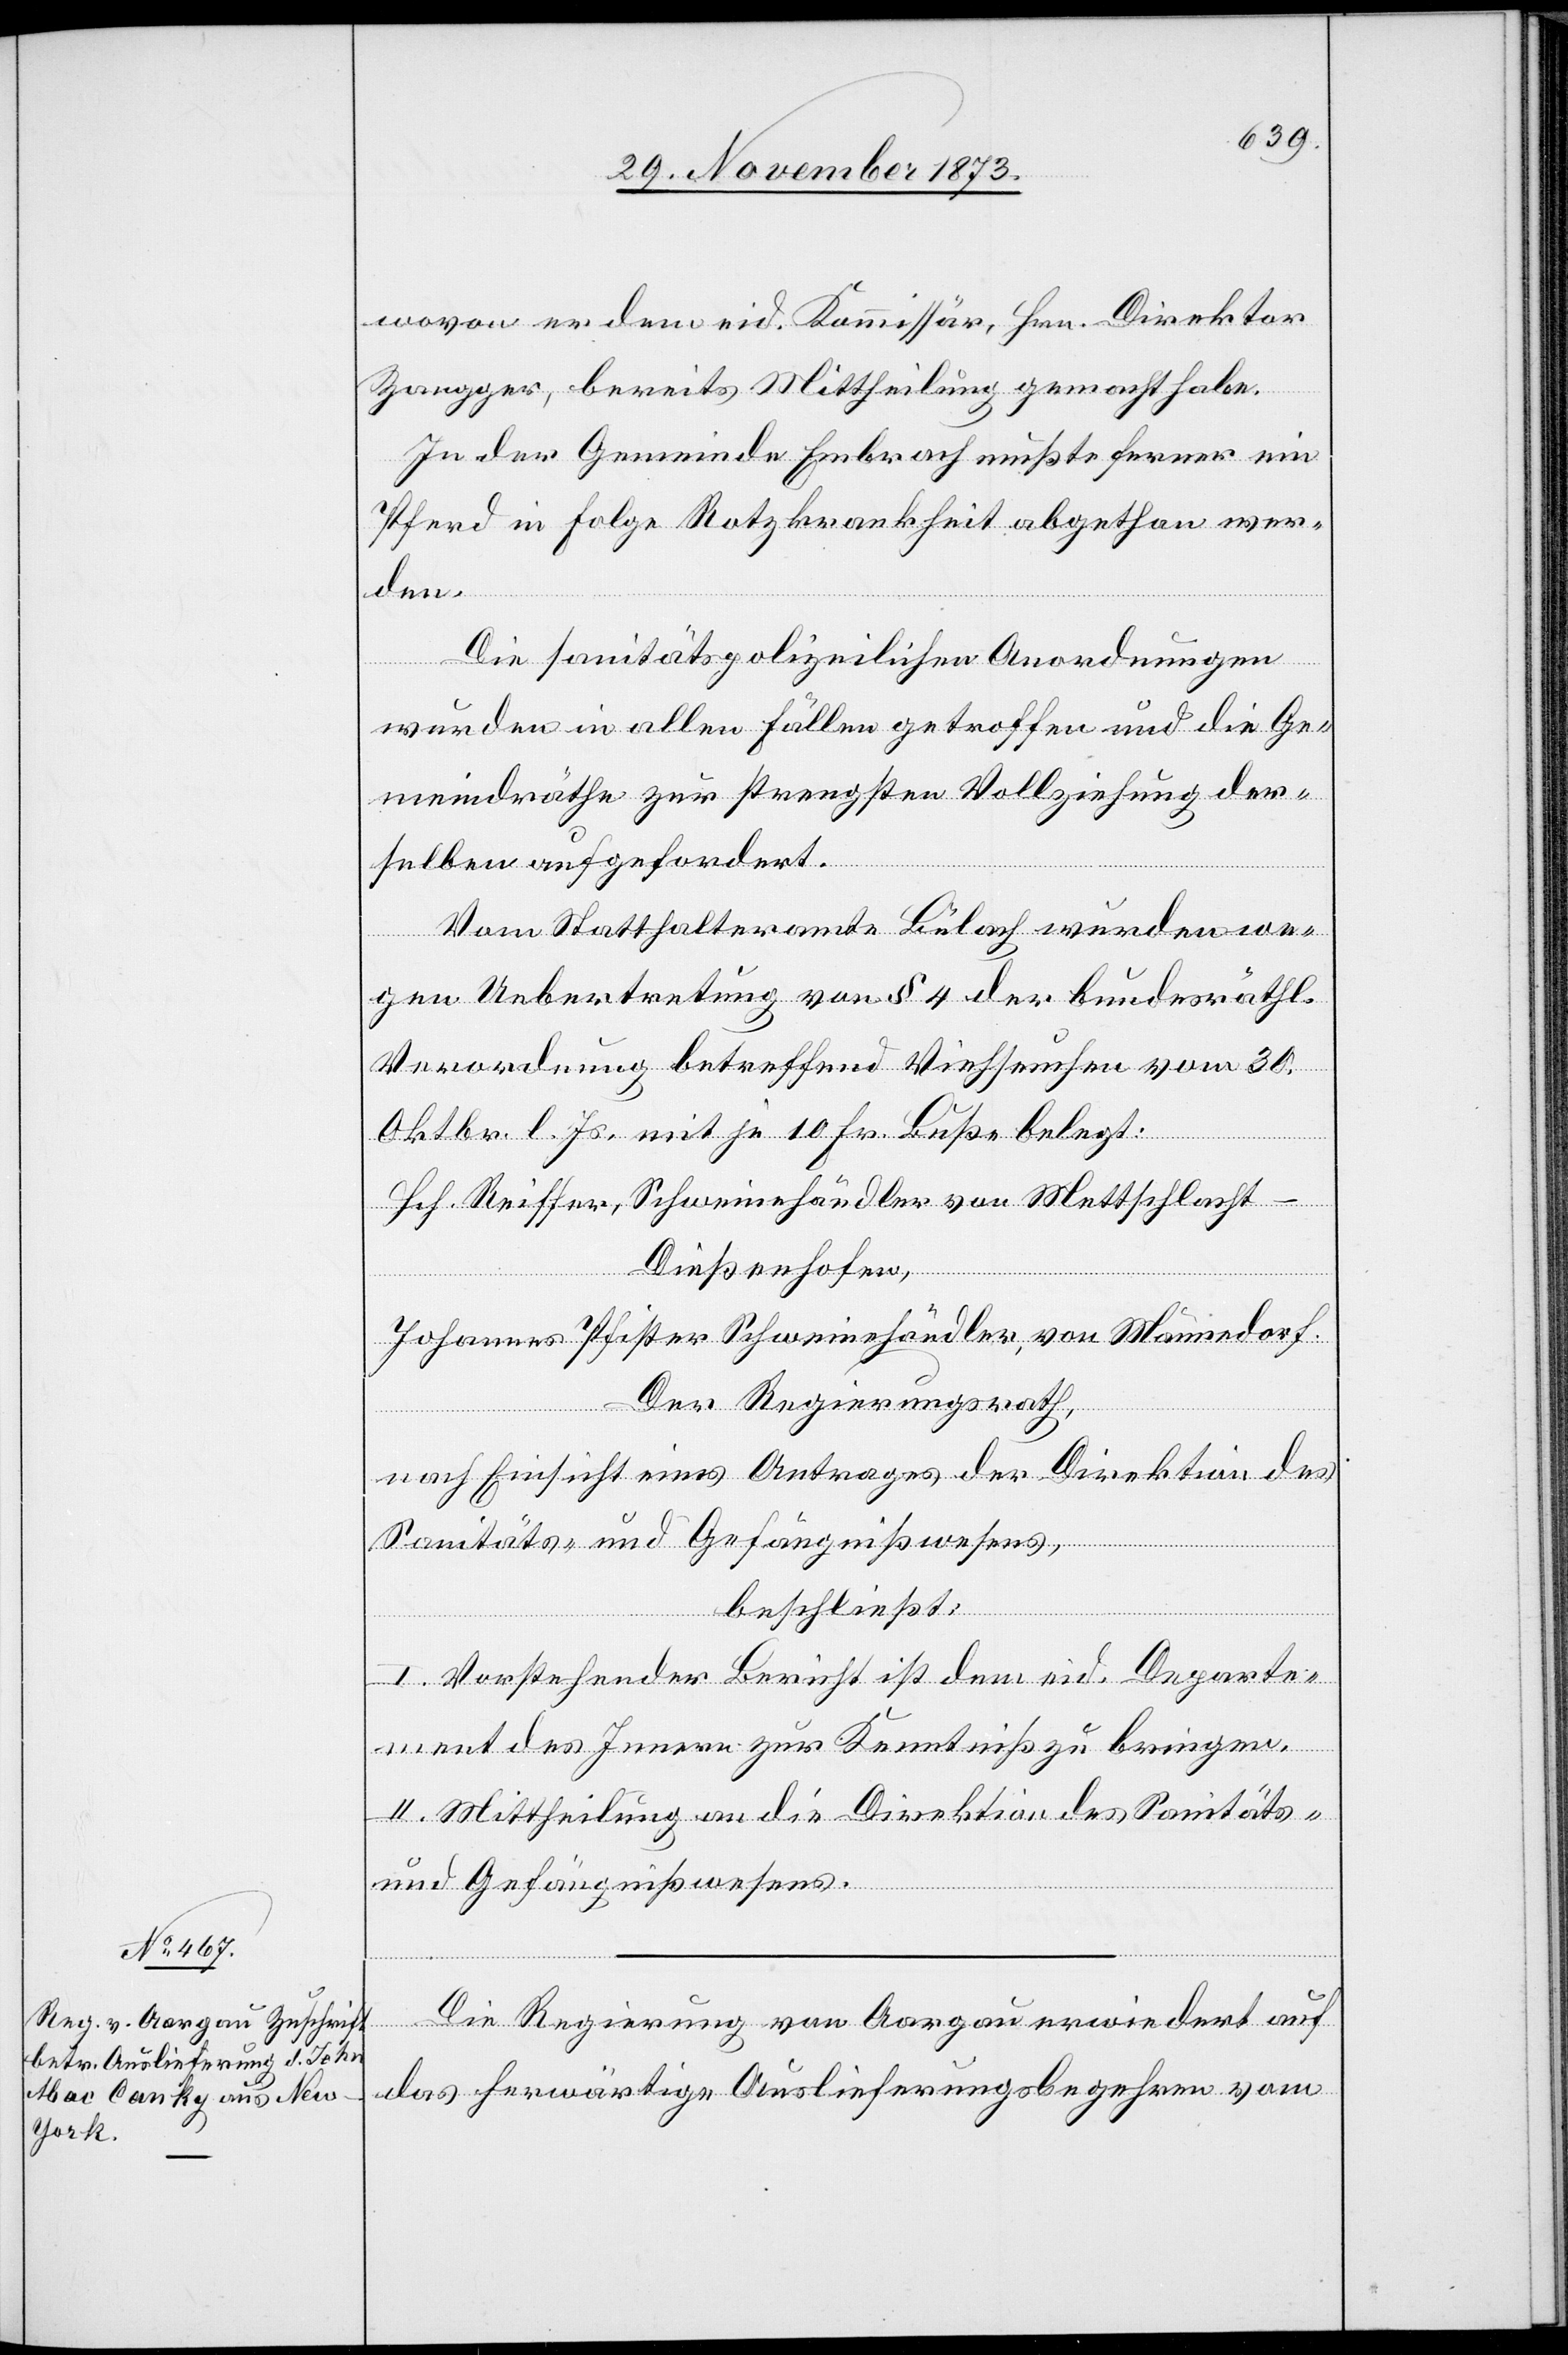
29. November 1873.]
wovon er dem eid. Kommissär, Hrn. Direktor
Zangger, bereits Mittheilung gemacht habe.
In der Gemeinde Embrach mußte ferner ein
Pferd in Folge Rotzkrankheit abgethan wer¬
den.
Die sanitätspolizeilichen Anordnungen
wurden in allen Fällen getroffen und die Ge¬
meindräthe zur strengsten Vollziehung der¬
selben aufgefordert.
Vom Statthalteramte Bülach wurden we¬
gen Uebertretung von § 4 der bundesräthl.
Verordnung betreffend Viehseuchen vom 30.
Oktbr. l. Js. mit je 10 Fr. Buße belegt:
Hch. Reiffer, Schweinehändler von Mettschlacht
Dießenhofen,
Johannes Pfister, Schweinehändler, von Männedorf.
Der Regierungsrath,
nach Einsicht eines Antrages der Direktion des
Sanitäts- und Gefängnißwesens,
beschließt:
I. Vorstehender Bericht ist dem eid. Departe¬
ment des Innern zur Kenntniß zu bringen.
II. Mittheilung an die Direktion des Sanitäts-
und Gefängnißwesens.
Die Regierung von Aargau erwiedert auf
das herwärtige Auslieferungsbegehren vom